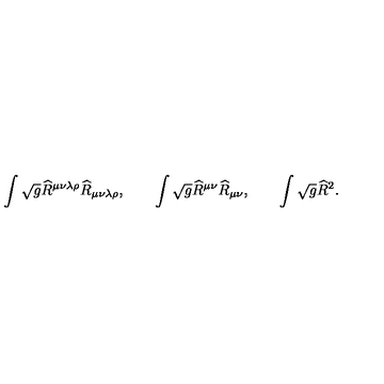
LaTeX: \int \sqrt { g } \widehat { R } ^ { \mu \nu \lambda \rho } \widehat { R } _ { \mu \nu \lambda \rho } , \qquad \int \sqrt { g } \widehat { R } ^ { \mu \nu } \widehat { R } _ { \mu \nu } , \qquad \int \sqrt { g } \widehat { R } ^ { 2 } .